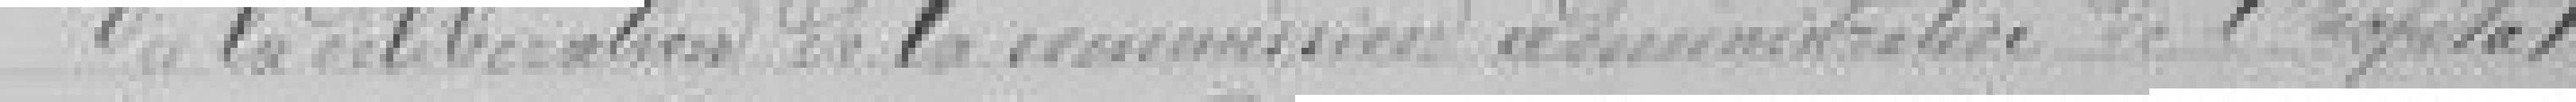
Vu la délibération de la Commission administrative de l'hôpital